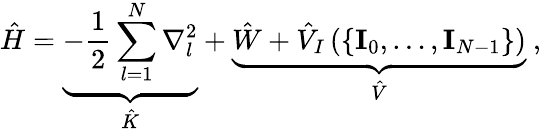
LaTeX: \hat{H}=\underbrace{-\frac{1}{2}\sum_{l=1}^{N}\nabla_{l}^{2}}_{\hat{K}}+\underbrace{\hat{W}+\hat{V}_{I}\left(\{ \mathbf{I}_{0},\dots,\mathbf{I}_{N-1}\} \right)}_{\hat{V}}\ ,